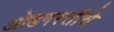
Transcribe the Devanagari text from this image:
ओढगस्तीचे